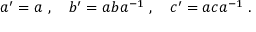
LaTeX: a ^ { \prime } = a ~ , ~ ~ ~ b ^ { \prime } = a b a ^ { - 1 } ~ , ~ ~ ~ c ^ { \prime } = a c a ^ { - 1 } ~ .